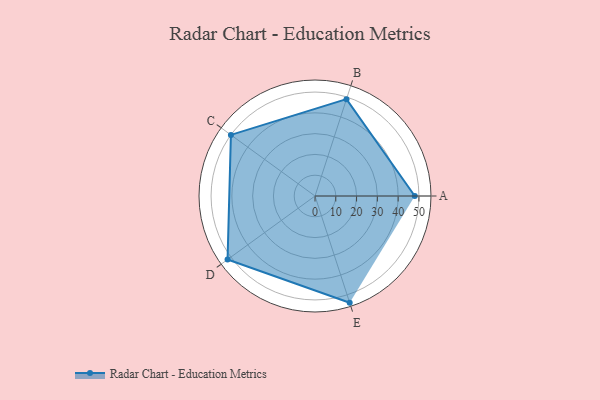
{"axis": {"x": "Skill", "y": "Score"}, "legend": ["Profile"], "data": [{"x": "A", "y": 48.0, "type": "Profile"}, {"x": "B", "y": 49.0, "type": "Profile"}, {"x": "C", "y": 50.0, "type": "Profile"}, {"x": "D", "y": 52.0, "type": "Profile"}, {"x": "E", "y": 54.0, "type": "Profile"}]}